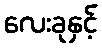
လေးခုနှင့်